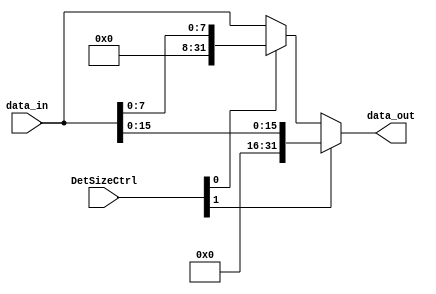
module det_size (
  input  wire [1:0] DetSizeCtrl,
  input  wire [31:0] data_in,
  output wire [31:0] data_out
);

  wire [31:0] aux;
  assign aux = DetSizeCtrl[0] ? {{24{1'b0}}, data_in[7:0]} : data_in;
  assign data_out = DetSizeCtrl[1] ? {{16{1'b0}}, data_in[15:0]} : aux;

endmodule